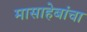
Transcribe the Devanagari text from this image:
मासाहेबांचा